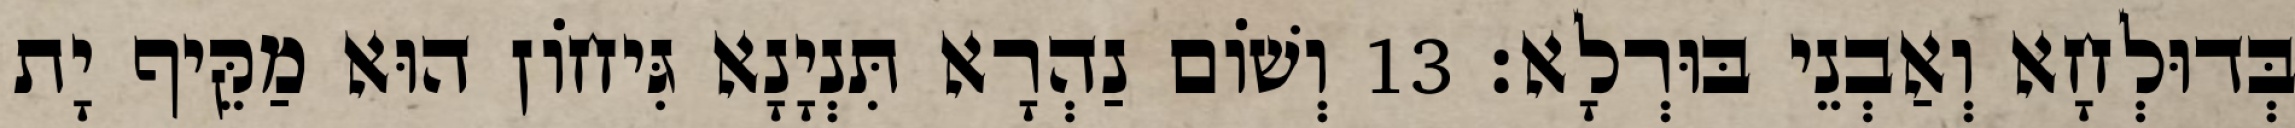
בְּדוּלְחָא וְאַבְנֵי בּוּרְלָא׃ 13 וְשׁוֹם נַהְרָא תִּנְיָנָא גִּיחוֹן הוּא מַקֵּיף יָת